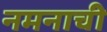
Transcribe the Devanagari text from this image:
नमनाची